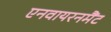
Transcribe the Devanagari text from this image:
एनवायरनमैंट